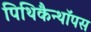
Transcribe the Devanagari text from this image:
पिथिकैन्थॉपस